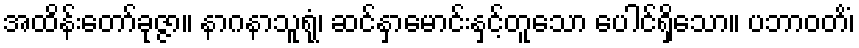
အထိန်းတော်ခုဇ္ဇာ။ နာဂနာသူရုံ၊ ဆင်နှာမောင်းနှင့်တူသော ပေါင်ရှိသော။ ပဘာဝတိံ၊